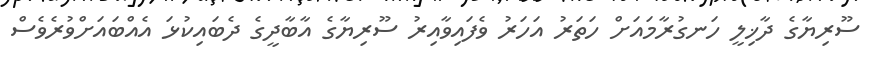
ސޫރިޔާގެ ދާޚިލީ ހަނގުރާމައަށް ހަތަރު އަހަރު ވެފައިވާއިރު ސޫރިޔާގެ އާބާދީގެ ދެބައިކުޅަ އެއްބައަށްވުރެވެސް